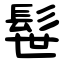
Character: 髰